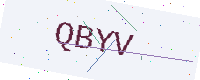
Text: QBYV